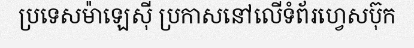
ប្រទេសម៉ាឡេស៊ី ប្រកាសនៅលើទំព័រហ្វេសប៊ុក